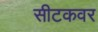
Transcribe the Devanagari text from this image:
सीटकवर